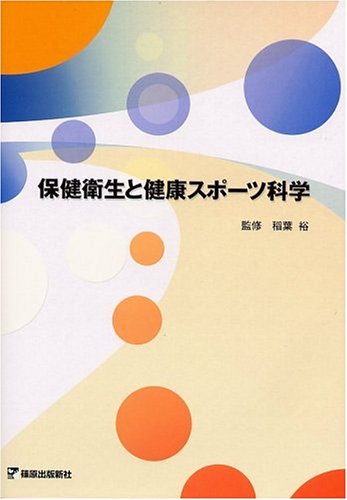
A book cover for Health and Sports Science and Health (2006) ISBN: 4884122747 [Japanese Import]; Sports & Outdoors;